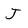
Character: J